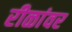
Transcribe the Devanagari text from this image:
रीळांवर